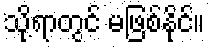
သို့ရာတွင် မဖြစ်နိုင်။